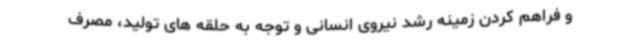
و فراهم کردن زمینه رشد نیروی انسانی و توجه به حلقه های تولید، مصرف